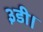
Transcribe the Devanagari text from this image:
३डी।